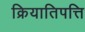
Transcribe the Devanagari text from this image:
क्रियातिपत्ति